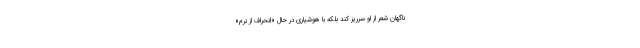
ناگهان شعر از او سرریز کند بلکه با هوشیاری در حال «انحراف از نُرم»